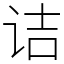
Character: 诘